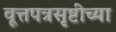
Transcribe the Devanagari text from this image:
वूत्तपत्रसृष्टीच्या